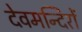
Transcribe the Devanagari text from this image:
देवमन्दिरों